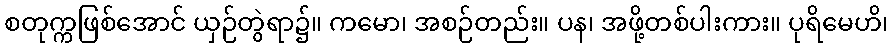
စတုက္ကဖြစ်အောင် ယှဉ်တွဲရာ၌။ ကမော၊ အစဉ်တည်း။ ပန၊ အဖို့တစ်ပါးကား။ ပုရိမေဟိ၊